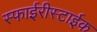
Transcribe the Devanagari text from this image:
स्फाईरीस्टाईक